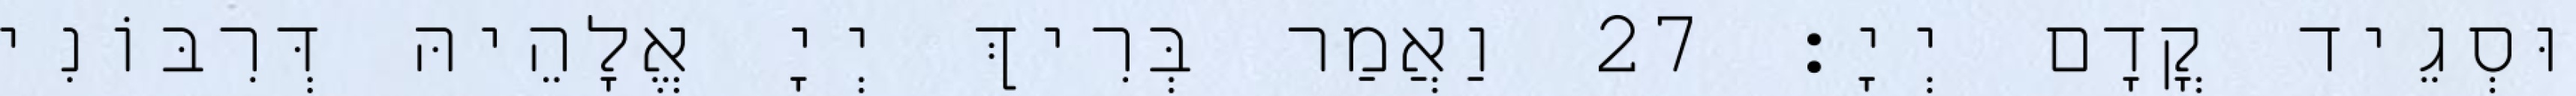
וּסְגֵיד קֳדָם יְיָ׃ 27 וַאֲמַר בְּרִיךְ יְיָ אֱלָהֵיהּ דְּרִבּוֹנִי